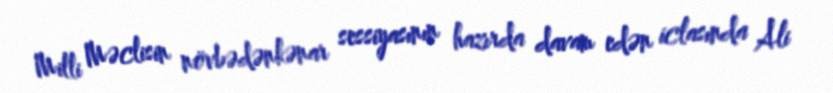
Milli Məclisin növbədənkənar sessiyasının hazırda davam edən iclasında Ali